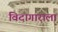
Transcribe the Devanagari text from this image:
विदागाराला